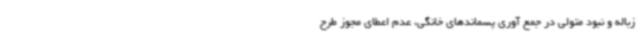
زباله و نبود متولی در جمع آوری پسماندهای خانگی، عدم اعطای مجوز طرح